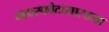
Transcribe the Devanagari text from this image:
महास्फोटासारख्या